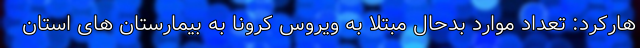
هارکرد: تعداد موارد بدحال مبتلا به ویروس کرونا به بیمارستان های استان